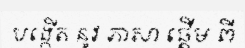
បង្កើត នូវ ភាសា ផ្តើម ពី